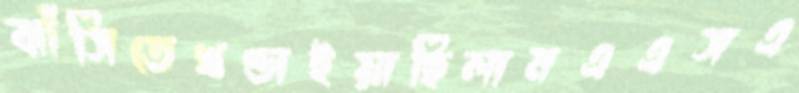
ঝাঁসিতেখণ্ডাইয়াছিলামএএসএ